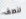
لنصف